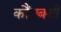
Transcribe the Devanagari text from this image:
कौंधबत्ती